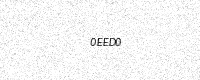
Text: 0EED0